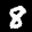
Label: 8